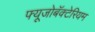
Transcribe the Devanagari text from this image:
फ्यूजोबॅक्टेरियम